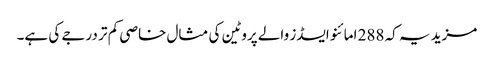
مزید یہ کہ 288 امائنو ایسڈز والے پروٹین کی مثال خاصی کم تر درجے کی ہے۔